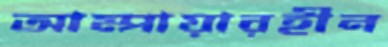
আম্পায়ারহীন